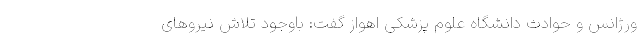
ورژانس و حوادث دانشگاه علوم ‌پزشکی اهواز گفت: باوجود تلاش نیروهای